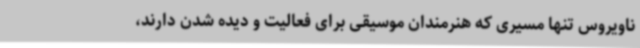
ناویروس تنها مسیری که هنرمندان موسیقی برای فعالیت و دیده شدن دارند،